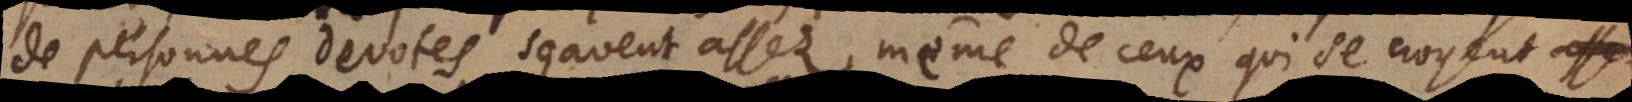
de personnes devotes sçavent assez, même de ceux qui se croyent